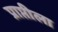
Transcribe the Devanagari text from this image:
प्राप्तीला